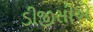
ડીજીસીએ